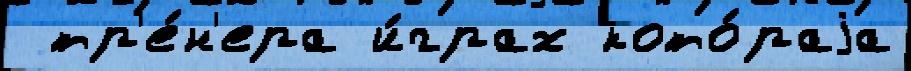
 тр'е́н'ера и́грах кото́раjа